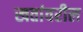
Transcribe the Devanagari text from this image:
खतांवरील